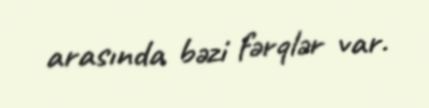
arasında bəzi fərqlər var.